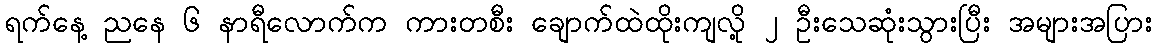
ရက်နေ့ ညနေ ၆ နာရီလောက်က ကားတစီး ချောက်ထဲထိုးကျလို့ ၂ ဦးသေဆုံးသွားပြီး အများအပြား